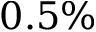
0 . 5 \%